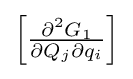
{\textstyle \left[{\frac {\partial ^{2}G_{1}}{\partial Q_{j}\partial q_{i}}}\right]}